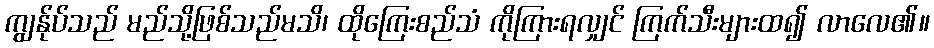
ကျွန်ုပ်သည် မည်သို့ဖြစ်သည်မသိ၊ ထိုကြေးစည်သံ ကိုကြားရလျှင် ကြက်သီးများထ၍ လာလေ၏။